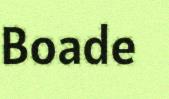
Boade